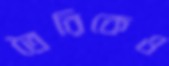
তৈরিকেও